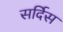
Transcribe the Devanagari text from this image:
सर्दिस